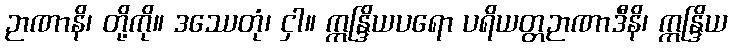
ဉာဏာနိ၊ တို့ကို။ ဒဿေတုံ၊ ငှါ။ ဣန္ဒြိယပရော ပရိယတ္တဉာဏာဒီနိ၊ ဣန္ဒြိယ